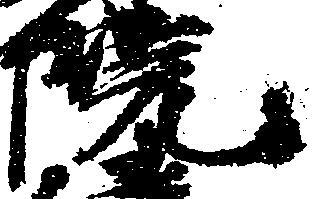
院